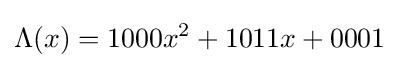
\Lambda (x)=1000x^{2}+1011x+0001